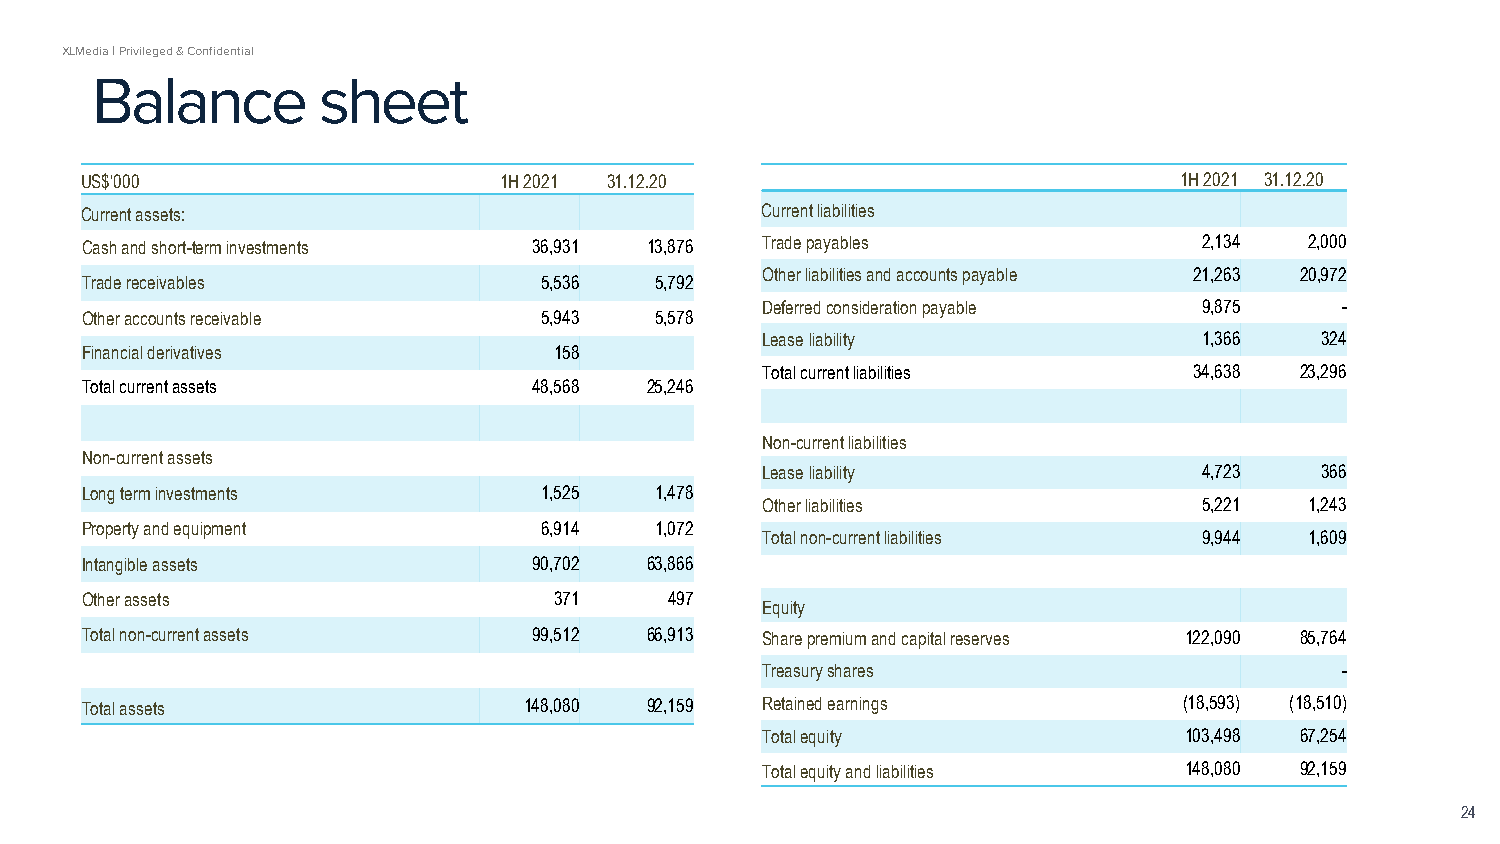
XLMedia | Privileged & Confidential
 Balance        sheet
 US$‘000                     1H 2021 31.12.20                             1H 2021 31.12.20
 Current assets:                              Current liabilities
 Cash and short-term investments 36,931 13,876 Trade payables               2,134  2,000
 Other liabilities and accounts payable 21,263 20,972
 Trade receivables              5,536  5,792
 Deferred consideration payable 9,875   -
 Other accounts receivable      5,943  5,578
 Lease liability               1,366  324
 Financial derivatives           158
 Total current liabilities    34,638 23,296
 Total current assets          48,568  25,246
 Non-current liabilities
 Non-current assets
 Lease liability               4,723  366
 Long term investments          1,525  1,478
 Other liabilities             5,221  1,243
 Property and equipment         6,914  1,072
 Total non-current liabilities 9,944  1,609
 Intangible assets             90,702  63,866
 Other assets                    371    497
 Equity
 Total non-current assets      99,512  66,913 Share premium and capital reserves 122,090 85,764
 Treasury shares                        -
 Total assets                  148,080 92,159 Retained earnings           (18,593) (18,510)
 Total equity                103,498 67,254
 Total equity and liabilities 148,080 92,159
 24